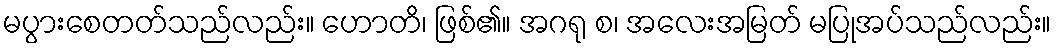
မပွားစေတတ်သည်လည်း။ ဟောတိ၊ ဖြစ်၏။ အဂရု စ၊ အလေးအမြတ် မပြုအပ်သည်လည်း။